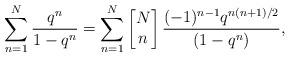
LaTeX: \begin{align*}\sum_{n=1}^{N} \frac{q^n}{1 - q^n} = \sum_{n=1}^{N}\left[\begin{matrix} N\\n\end{matrix}\right]\frac{(-1)^{n-1} q^{n(n+1)/2}}{(1-q^n)},\end{align*}